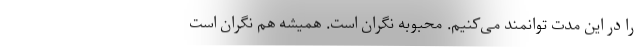
را در این مدت توانمند می‌کنیم. محبوبه نگران است. همیشه هم نگران است